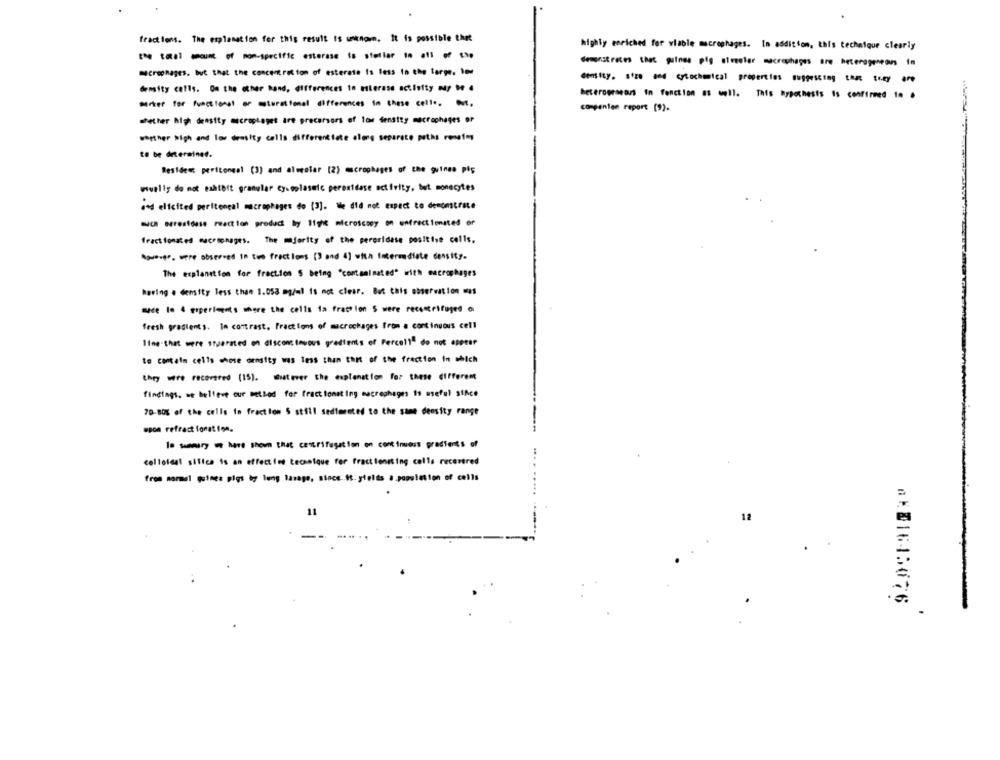
fractions. The explanation for this result is unknown. It is possible that
highly enriched for viable macrophages. In addition, this technique clearly
demonstrates that guinea pig simgeler macrophages are heterogeneous in
macrophages. but that the concentration of esterate is less in the targe, toe
density. size and cytochemical properties suggesting tam they are
density cells. On the other hand, differences in eierase activity w/ M .
heterogeneous In fonction as well. This hypothesis is confirmed to .
Miter for functional or maturational differences in these celle. M.
companion report (9).
whether high density macrophages are precarsors of low density macrophages or
werther high and low drasity calls differentiate along separate paths results
to be determined.
Resident peritoneal (3) and alueeler [2) macrophages of the guinea pig
wuelig do not mahtett granular Cy.polasuic perestdase activity, but monocytes
and elicited peritoneal macrophages do (3). We did not expect to demonstrate
much errestdese reaction product by 11ght microscopy on entrectionsted or
fract fonated macrophages. The mjerity of the peroridese positive cells.
Agua-en- were observed in twe fractions (3 and 4) with Intermediate density.
The explanation for fraction S being "contaminated" with macrophages
haring . density less than 1.053 mg/ml is not clear. But this observation was
mace lo 4 experiments where the cells 1a fraction S were recentrifuged a
fresh gradients. In contrast, Fractions of macrochages from a continuous cell
Wine-that were stparated on discontinuous gredients of Percell" do not appear
to contain cells whose density was less than that of the fraction in which
they were recovered (15). Suatever the explanation for these different
findings, me believe our method for fractionating macrophages is useful siAce
70-80% of the cells in fraction S still sedimented to the same density range
upon refract fonation.
1winy - here shom that centrifugation on continuous gradients of
cellotegl silica is an effective Lecsatque for fractioniting calls recentred
from marmel guinea pigs by lung lavage, since It. yields a population of cells
11
12
#X21645676